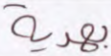
بهدية